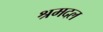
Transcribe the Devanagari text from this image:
श्रमदल